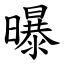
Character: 曝